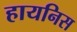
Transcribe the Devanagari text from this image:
हायनिस